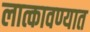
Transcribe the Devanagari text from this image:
लात्कावण्यात